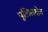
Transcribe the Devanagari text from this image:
पुलिसक्षेत्र